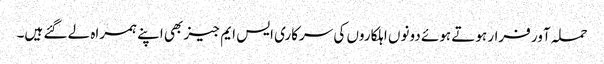
حملہ آور فرار ہوتے ہوئے دونوں اہلکاروں کی سرکاری ایس ایم جیز بھی اپنے ہمراہ لے گئے ہیں۔